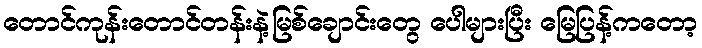
တောင်ကုန်းတောင်တန်းနဲ့မြစ်ချောင်းတွေ ပေါများပြီး မြေပြန့်ကတော့